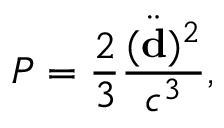
P = { \frac { 2 } { 3 } } { \frac { ( \ddot { \bf d } ) ^ { 2 } } { c ^ { 3 } } } ,